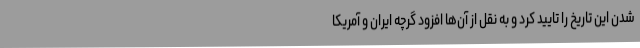
شدن این تاریخ را تایید کرد و به نقل از آن‌ها افزود گرچه ایران و آمریکا